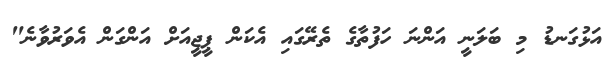
އަޅުގަނޑު މި ބަލަނީ އަންނަ ހަފުތާގެ ތެރޭގައި އެކަން ޕީޖީއަށް އަންގަން އެވަރުވާނެ"